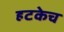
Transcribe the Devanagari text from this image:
हटकेच